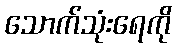
သောက်သုံးရေကို